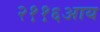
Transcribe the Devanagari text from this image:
२११६आय